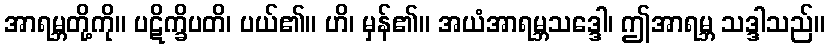
အာရမ္ဘတို့ကို။ ပဋိက္ခိပတိ၊ ပယ်၏။ ဟိ၊ မှန်၏။ အယံအာရမ္ဘသဒ္ဒေါ၊ ဤအာရမ္ဘ သဒ္ဒါသည်။